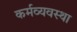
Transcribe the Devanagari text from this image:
कर्मव्यवस्था